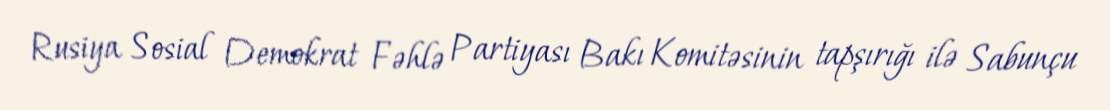
Rusiya Sosial Demokrat Fəhlə Partiyası Bakı Komitəsinin tapşırığı ilə Sabunçu